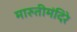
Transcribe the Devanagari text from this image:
मारुतीमंदिरे